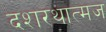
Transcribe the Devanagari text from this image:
दशरथात्मज